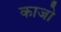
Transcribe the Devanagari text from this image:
काजो